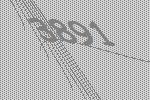
3891